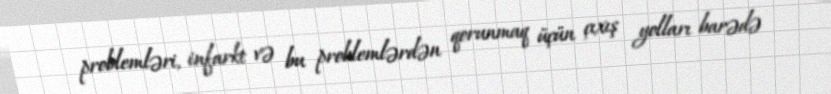
problemləri, infarkt və bu problemlərdən qorunmaq üçün çıxış yolları barədə